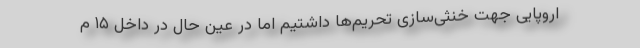
اروپایی جهت خنثی‌سازی تحریم‌ها داشتیم اما در عین حال در داخل ۱۵ م